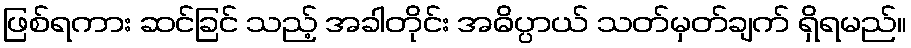
ဖြစ်ရကား ဆင်ခြင် သည့် အခါတိုင်း အဓိပ္ပာယ် သတ်မှတ်ချက် ရှိရမည်။